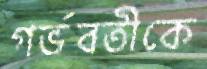
গর্ভবতীকে